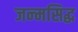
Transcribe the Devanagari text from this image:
जन्‍मसिद्ध